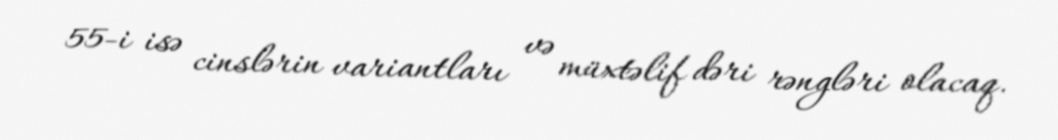
55-i isə cinslərin variantları və müxtəlif dəri rəngləri olacaq.